Indian journal of veterinary science and animal husbandry - Volumes 18-21, 1948-1951
Year: 1948
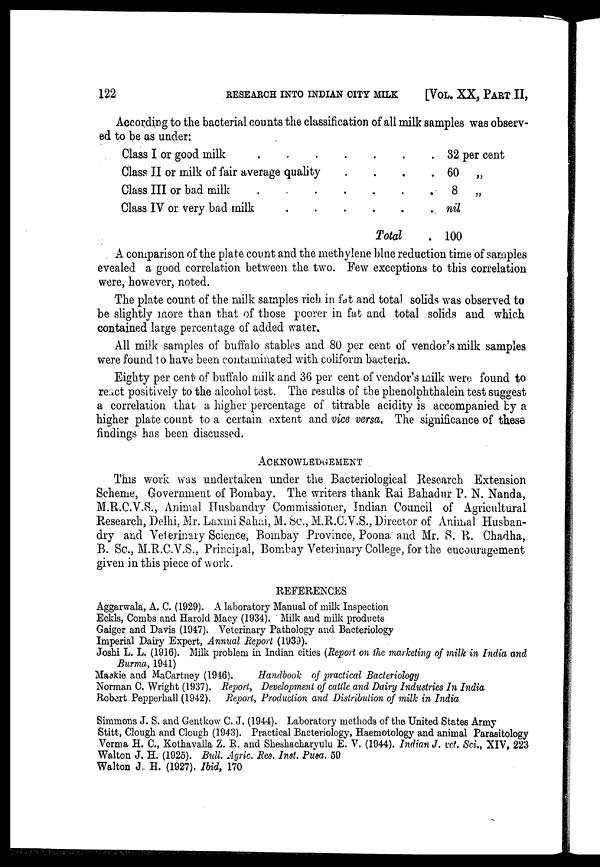
122
RESEARCH
INTO INDIAN CITY MILK
[VOL. XX, PART II,
According to the bacterial counts the classification of all milk samples was observ-
ed to be as under:
Class I or good milk
Class II or milk of fair average quality
....
Class III or bad milk
Class IV or very bad milk
Total
32 per cent
60 „
8 „
nil
100
A comparison of the plate count and the methylene blue reduction time of samples
evealed a good correlation between the two. Few exceptions to this correlation
were, however, noted.
The plate count of the milk samples rich in fat and total solids was observed to
be slightly more than that of those poorer in fat and total solids and which
contained large percentage of added water.
All milk samples of buffalo stables and 80 per cent of vendor's milk samples
were found to have been contaminated with coliform bacteria.
Eighty per cent of buffalo milk and 36 per cent of vendor's milk were found to
react positively to the alcohol test. The results of the phenolphthalein test suggest
a correlation that a higher percentage of titrable acidity is accompanied by a
higher plate count to a certain extent and vice versa. The significance of these
findings has been discussed.
ACKNOWLEDGEMENT
This work was undertaken under the Bacteriological Research Extension
Scheme, Government of Bombay. The writers thank Rai Bahadur P. N. Nanda,
M.R.C.V.S., Animal Husbandry Commissioner, Indian Council of Agricultural
Research, Delhi, Mr. Laxmi Sahai, M. Sc., M.R.C.V.S., Director of Animal Husban-
dry and Veterinary Science, Bombay Province, Poona and Mr. S. R. Chadha,
B. Sc., M.R.C.V.S., Principal, Bombay Veterinary College, for the encouragement
given in this piece of work.
REFERENCES
Aggarwala, A. C. (1929). A laboratory Manual of milk Inspection
Eckls, Combs and Harold Macy (1934). Milk and milk products
Gaiger and Davis (1947). Veterinary Pathology and Bacteriology
Imperial Dairy Expert, Annual Report (1939).
Joshi L. L. (1916). Milk problem in Indian cities (Report on the marketing of milk in India and
Burma, 1941)
Mackie and MaCartney (1946).
Handbook of practical Bacteriology
Norman C. Wright (1937). Report, Development of cattle and Dairy Industries In India
Robert Pepperhall (1942). Report, Production and Distribution of milk in India
Simmons J. S. and Gentkow C. J. (1944). Laboratory methods of the United States Army
Stitt, Clough and Clough (1943). Practical Bacteriology, Haemotology and animal Parasitology
Verma H. C., Kothavalla Z. R. and Sheshacharyulu E. V. (1944). Indian J. vet, Sci., XIV, 223
Walton J. H. (1925). Bull. Agric. Res. Inst, Pusa. 59
Walton J. H. (1927). Ibid, 170